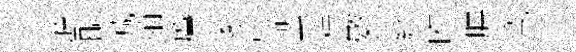
峪醅減殖鷹妻庶蜚桂數繆旿腆寬